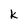
Character: k